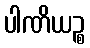
ပါဏိယဉ္စ